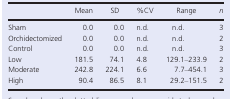
<table><thead><tr><td></td><td><b>Mean</b></td><td><b>SD</b></td><td><b>%CV</b></td><td><b>Range</b></td><td><b><i>n</i></b></td></tr></thead><tbody><tr><td>Sham</td><td>0.0</td><td>0.0</td><td>n.d.</td><td>n.d.</td><td>3</td></tr><tr><td>Orchidectomized</td><td>0.0</td><td>0.0</td><td>n.d.</td><td>n.d.</td><td>2</td></tr><tr><td>Control</td><td>0.0</td><td>0.0</td><td>n.d.</td><td>n.d.</td><td>3</td></tr><tr><td>Low</td><td>181.5</td><td>74.1</td><td>4.8</td><td>129.1–233.9</td><td>2</td></tr><tr><td>Moderate</td><td>242.8</td><td>224.1</td><td>6.6</td><td>7.7–454.1</td><td>3</td></tr><tr><td>High</td><td>90.4</td><td>86.5</td><td>8.1</td><td>29.2–151.5</td><td>2</td></tr></tbody></table>